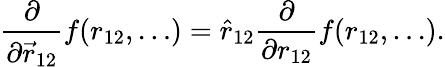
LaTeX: \frac{\partial}{\partial\vec{r}_{12}}f(r_{12},\ldots)=\hat{r}_{12}\frac{\partial}{\partial r_{12}}f(r_{12},\ldots).